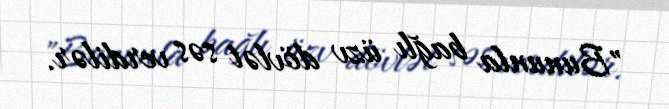
"Bununla bağlı üzv dövlət səs verdilər.